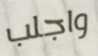
واجلب